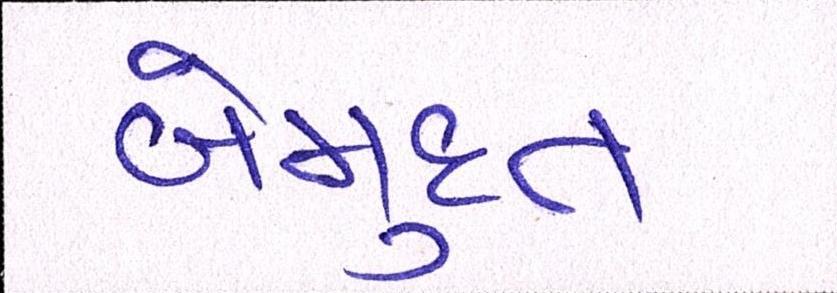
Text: બેમુદત